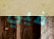
فيي